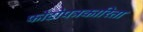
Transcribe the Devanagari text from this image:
फोटोपत्रकारिता